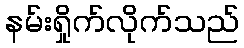
နမ်းရှိုက်လိုက်သည်